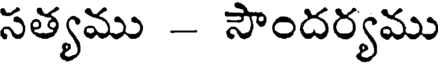
సత్యము -- సౌందర్యము